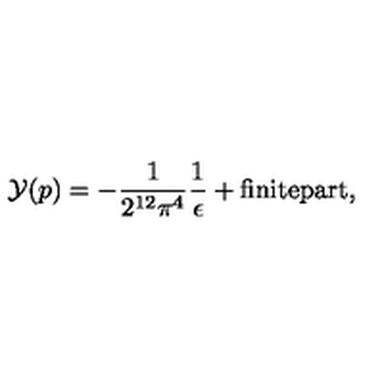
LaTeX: { \cal Y } ( p ) = - \frac { 1 } { 2 ^ { 1 2 } \pi ^ { 4 } } \frac { 1 } { \epsilon } + \mathrm { f i n i t e p a r t } ,